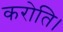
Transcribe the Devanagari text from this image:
करोति।